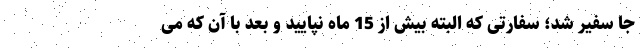
جا سفیر شد؛ سفارتی که البته بیش از 15 ماه نپایید و بعد با آن که می